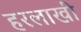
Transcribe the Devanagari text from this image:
हरलाखी